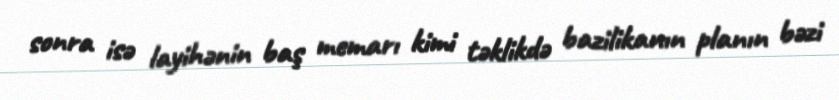
sonra isə layihənin baş memarı kimi təklikdə bazilikanın planın bəzi